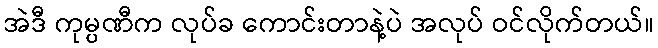
အဲဒီ ကုမ္ပဏီက လုပ်ခ ကောင်းတာနဲ့ပဲ အလုပ် ဝင်လိုက်တယ်။